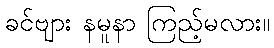
ခင်ဗျား နမူနာ ကြည့်မလား။